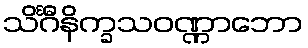
သိင်္ဂီနိက္ခသဝဏ္ဏာဘော